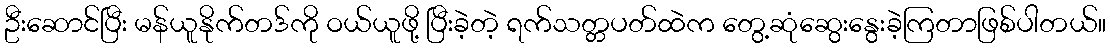
ဦးဆောင်ပြီး မန်ယူနိုက်တဒ်ကို ဝယ်ယူဖို့ ပြီးခဲ့တဲ့ ရက်သတ္တပတ်ထဲက တွေ့ဆုံဆွေးနွေးခဲ့ကြတာဖြစ်ပါတယ်။